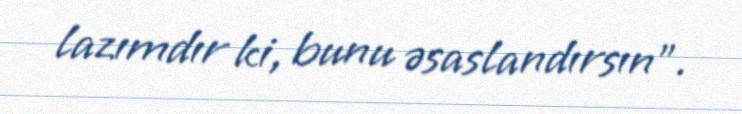
lazımdır ki, bunu əsaslandırsın".